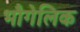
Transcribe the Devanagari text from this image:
भौगेलिक